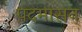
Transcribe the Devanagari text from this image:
पदमासन्